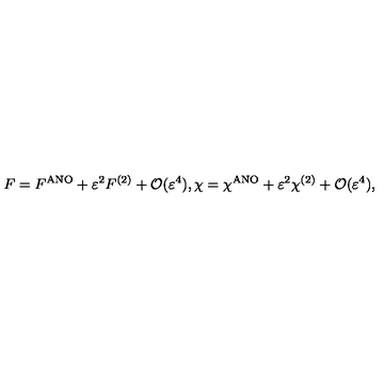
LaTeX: F = F ^ { \mathrm { A N O } } + \varepsilon ^ { 2 } F ^ { ( 2 ) } + { \cal O } ( \varepsilon ^ { 4 } ) , \chi = \chi ^ { \mathrm { A N O } } + \varepsilon ^ { 2 } \chi ^ { ( 2 ) } + { \cal O } ( \varepsilon ^ { 4 } ) ,